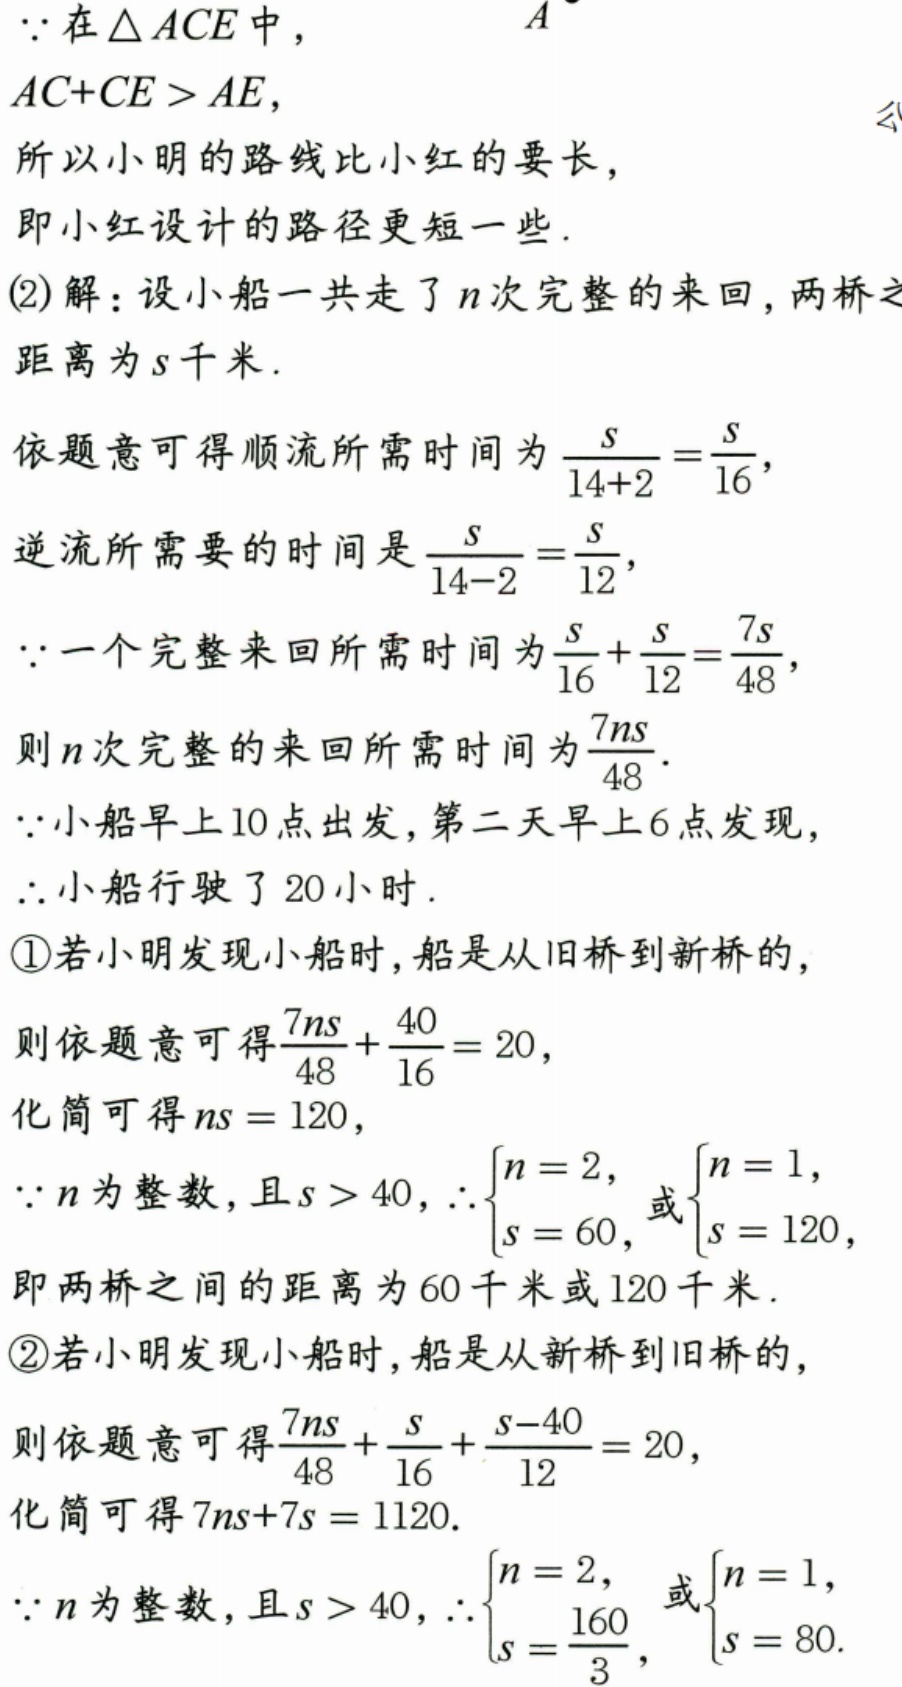
$\because$在$\triangle ACE$中，
$AC + CE>AE$，
所以小明的路线比小红的要长，
即小红设计的路径更短一些.
(2)解：设小船一共走了$n$次完整的来回，两桥之距离为$s$千米.
依题意可得顺流所需时间为$\frac{s}{14 + 2}=\frac{s}{16}$，
逆流所需要的时间是$\frac{s}{14 - 2}=\frac{s}{12}$，
$\because$一个完整来回所需时间为$\frac{s}{16}+\frac{s}{12}=\frac{7s}{48}$，
则$n$次完整的来回所需时间为$\frac{7ns}{48}$.
$\because$小船早上10点出发，第二天早上6点发现，
$\therefore$小船行驶了20小时.
\textcircled{1}若小明发现小船时，船是从旧桥到新桥的，
则依题意可得$\frac{7ns}{48}+\frac{40}{16}=20$，
化简可得$ns = 120$，
$\because n$为整数，且$s>40$，$\therefore\begin{cases}n = 2,\\s = 60,\end{cases}$或$\begin{cases}n = 1,\\s = 120,\end{cases}$
即两桥之间的距离为60千米或120千米.
\textcircled{2}若小明发现小船时，船是从新桥到旧桥的，
则依题意可得$\frac{7ns}{48}+\frac{s}{16}+\frac{s - 40}{12}=20$，
化简可得$7ns + 7s=1120$.
$\because n$为整数，且$s>40$，$\therefore\begin{cases}n = 2,\\s=\frac{160}{3},\end{cases}$或$\begin{cases}n = 1,\\s = 80.\end{cases}$